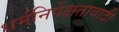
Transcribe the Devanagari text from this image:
धर्मनिर्पेक्षतावादी